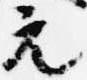
元